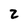
Character: 2